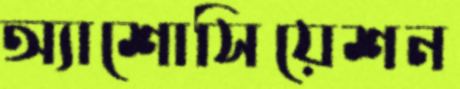
অ্যাশোসিয়েশন